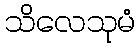
သိလေသုမံ